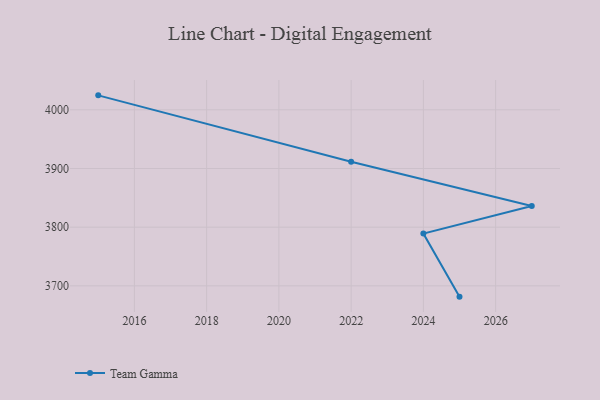
{"axis": {"x": "Year", "y": "Gross Profit (USD K)"}, "legend": ["Team Gamma"], "data": [{"x": "2015", "y": 4024.6, "type": "Team Gamma"}, {"x": "2022", "y": 3911.5, "type": "Team Gamma"}, {"x": "2027", "y": 3835.9, "type": "Team Gamma"}, {"x": "2024", "y": 3789.1, "type": "Team Gamma"}, {"x": "2025", "y": 3681.6, "type": "Team Gamma"}]}